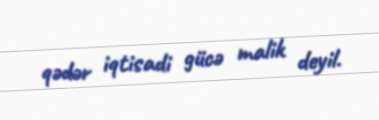
qədər iqtisadi gücə malik deyil.